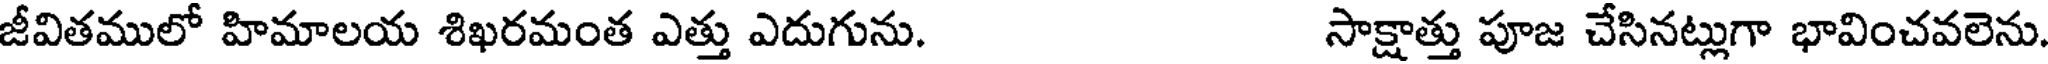
జీవితములో హిమాలయ శిఖరమంత ఎత్తు ఎదుగును. సాక్షాత్తు పూజ చేసినట్లుగా భావించవలెను.